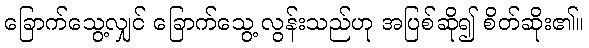
ခြောက်သွေ့လျှင် ခြောက်သွေ့ လွန်းသည်ဟု အပြစ်ဆို၍ စိတ်ဆိုး၏။